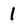
Character: 1